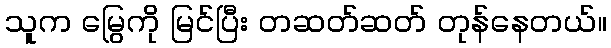
သူက မြွေကို မြင်ပြီး တဆတ်ဆတ် တုန်နေတယ်။